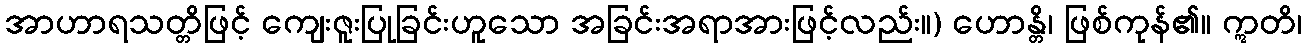
အာဟာရသတ္တိဖြင့် ကျေးဇူးပြုခြင်းဟူသော အခြင်းအရာအားဖြင့်လည်း။) ဟောန္တိ၊ ဖြစ်ကုန်၏။ ဣတိ၊